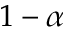
1 - \alpha